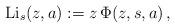
LaTeX: \begin{align*}{\rm Li}_s(z,a):=z\,\Phi(z,s,a)\,, \end{align*}